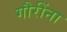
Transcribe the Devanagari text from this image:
गौरींना